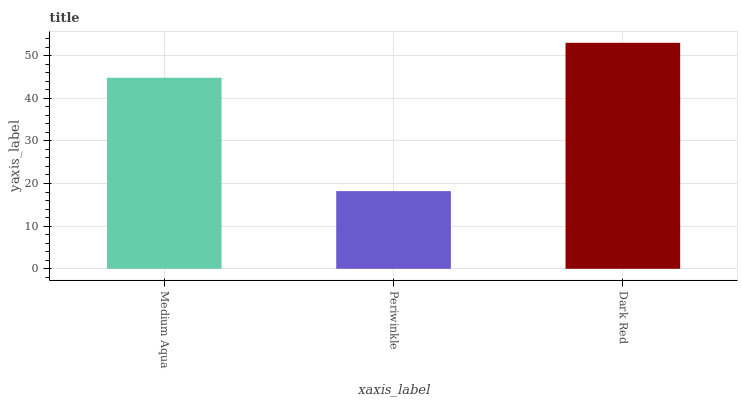
| xaxis_label | bars |
 | --- | --- |
 | Medium Aqua | 44.8 |
 | Periwinkle | 18.2 |
 | Dark Red | 53 |